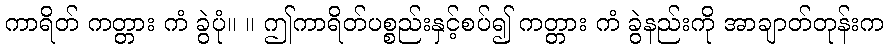
ကာရိတ် ကတ္တား ကံ ခွဲပုံ။ ။ ဤကာရိတ်ပစ္စည်းနှင့်စပ်၍ ကတ္တား ကံ ခွဲနည်းကို အာချာတ်တုန်းက